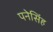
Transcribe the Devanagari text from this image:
पनेसिंह